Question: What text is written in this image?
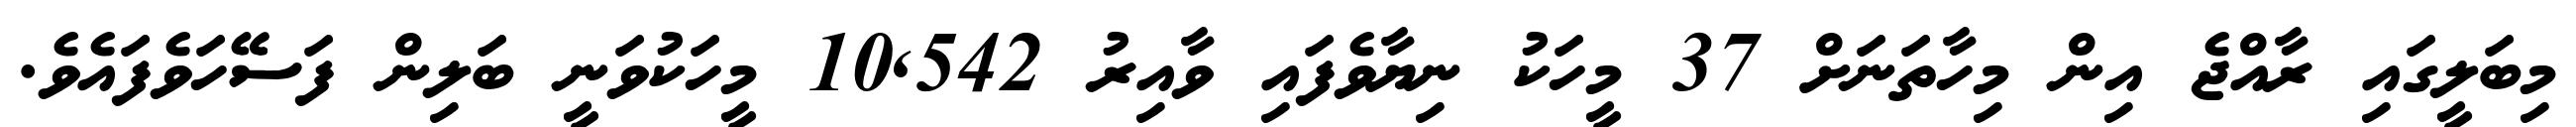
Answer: މިބަލީގައި ރާއްޖެ އިން މިހާތަނަށް 37 މީހަކު ނިޔާވެފައި ވާއިރު 10,542 މީހަކުވަނީ ބަލިން ފަސޭހަވެފައެވެ.